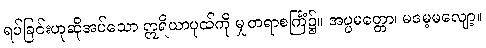
ရပ်ခြင်းဟုဆိုအပ်သော ဣရိယာပုထ်ကို မျှတရာစင်္ကြံ၌။ အပ္ပမတ္တော၊ မမေ့မလျော့။